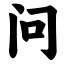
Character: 问